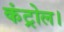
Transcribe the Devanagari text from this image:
कंट्रोल।